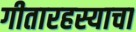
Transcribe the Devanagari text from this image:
गीतारहस्याचा